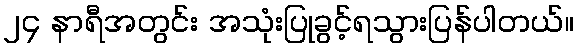
၂၄ နာရီအတွင်း အသုံးပြုခွင့်ရသွားပြန်ပါတယ်။